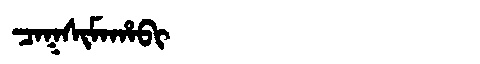
Manchu: ᠴᠠᡴᠰᡳᠮᠠᡥᠠᠪᡳ
Romanization: CAKSIMAHABI